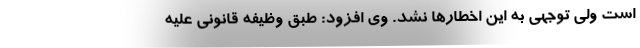
است ولی توجهی به این اخطارها نشد. وی افزود: طبق وظیفه قانونی علیه